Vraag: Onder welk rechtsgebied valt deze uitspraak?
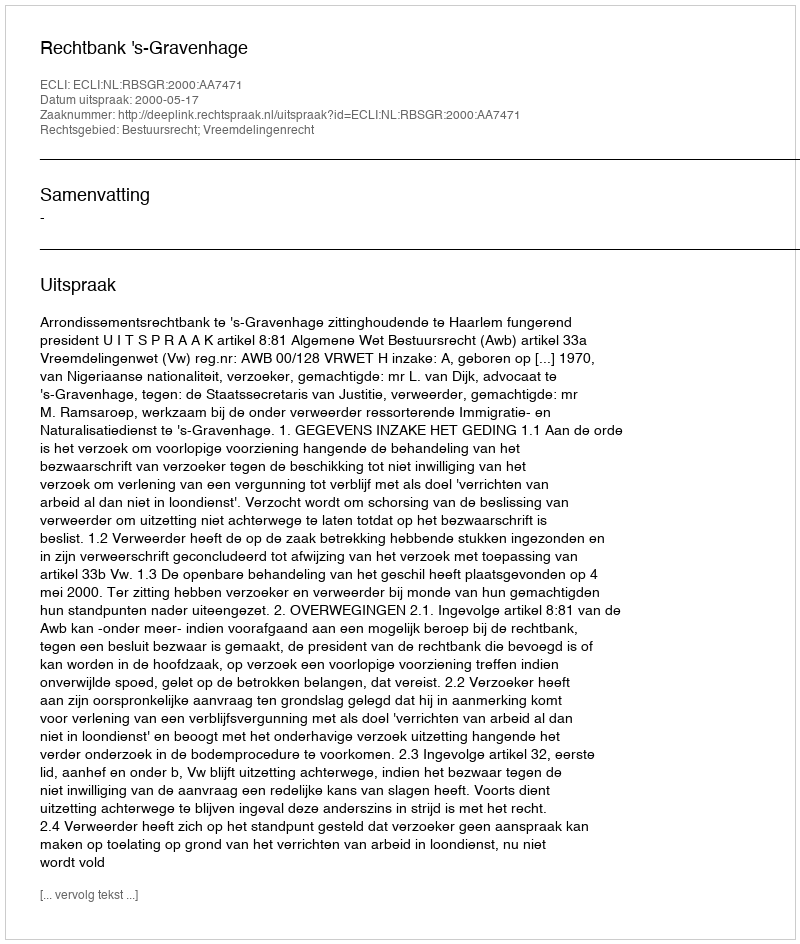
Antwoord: Bestuursrecht; Vreemdelingenrecht